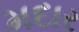
મદાર